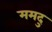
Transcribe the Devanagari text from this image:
ममदु